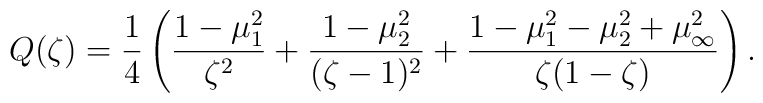
Q(\zeta) =\frac{1}{4}\left(\frac{1-\mu _1^2}{\zeta^2}+\frac{1-\mu _2^2}{(\zeta-1)^2}+\frac{1-\mu _1^2 - \mu _2^2 +\mu _\infty^2}{\zeta(1-\zeta)}\right).